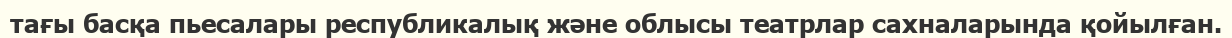
тағы басқа пьесалары республикалық және облысы театрлар сахналарында қойылған.